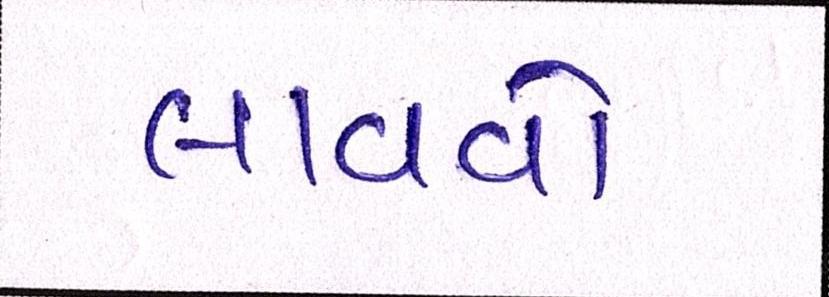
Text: લાવવો